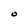
Character: O